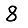
Digit: 8